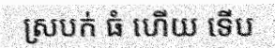
ស្របក់ ធំ ហើយ ទើប